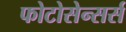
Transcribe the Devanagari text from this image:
फोटोसेन्सर्स